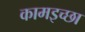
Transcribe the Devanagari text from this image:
कामइच्‍छा